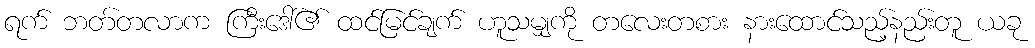
ရက် ဘတ်တလာက ကြီးဒေါ်၏ ထင်မြင်ချက် ဟူသမျှကို တလေးတစား နားထောင်သည့်နည်းတူ ယခု